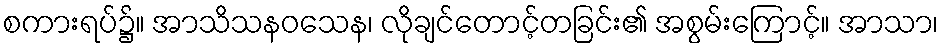
စကားရပ်၌။ အာသိသနဝသေန၊ လိုချင်တောင့်တခြင်း၏ အစွမ်းကြောင့်။ အာသာ၊